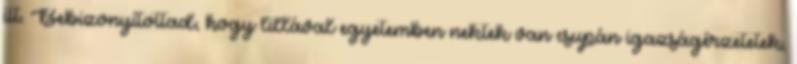
itt. Bebizonyítottad, hogy lillával egyetemben nektek van csupán igazságérzetetek,